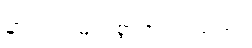
ဘဂဝါ၊ မြတ်စွာဘုရားသည်။